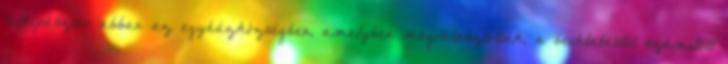
lelkipásztor abban az egyházközségben, amelyben megválasztották, a beiktatástól számított